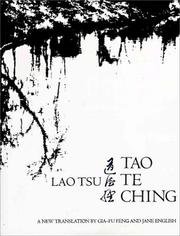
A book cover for Tao Te Ching - A New Translation; Gia-fu and English, Jane Lao Tsu (lao-tzu) A New Translation by Geng; Religion & Spirituality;